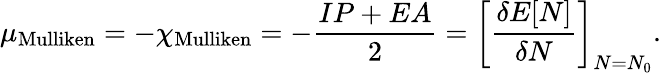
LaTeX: \mu_{\mathrm{Mulliken}}=-\chi_{\mathrm{Mulliken}}=-{\frac{IP+EA}{2}}=\left[{\frac{\delta E[N]}{\delta N}}\right]_{N=N_{0}}.